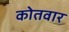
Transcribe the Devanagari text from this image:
कोतवार